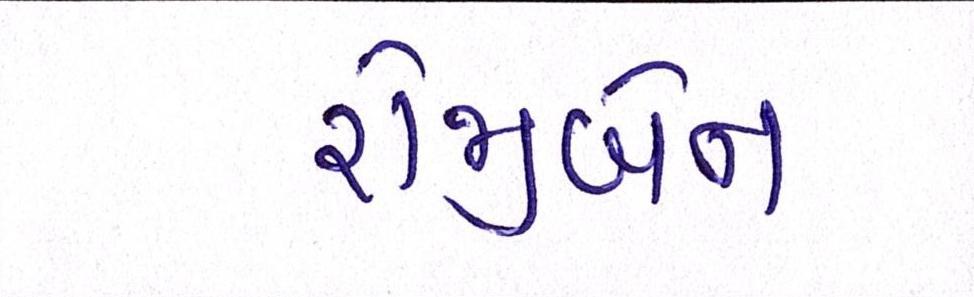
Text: રોજીબેન